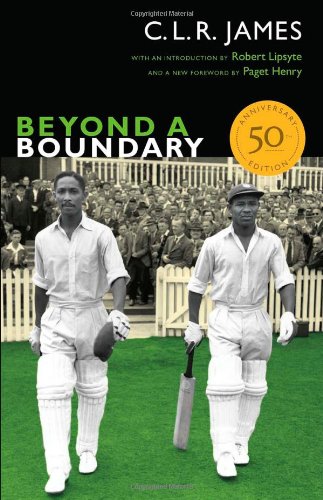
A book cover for Beyond a Boundary: 50th Anniversary Edition (The C. L. R. James Archives); C. L. R. James; History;